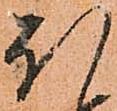
ほ